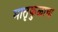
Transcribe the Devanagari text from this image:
मातृकुळाचा